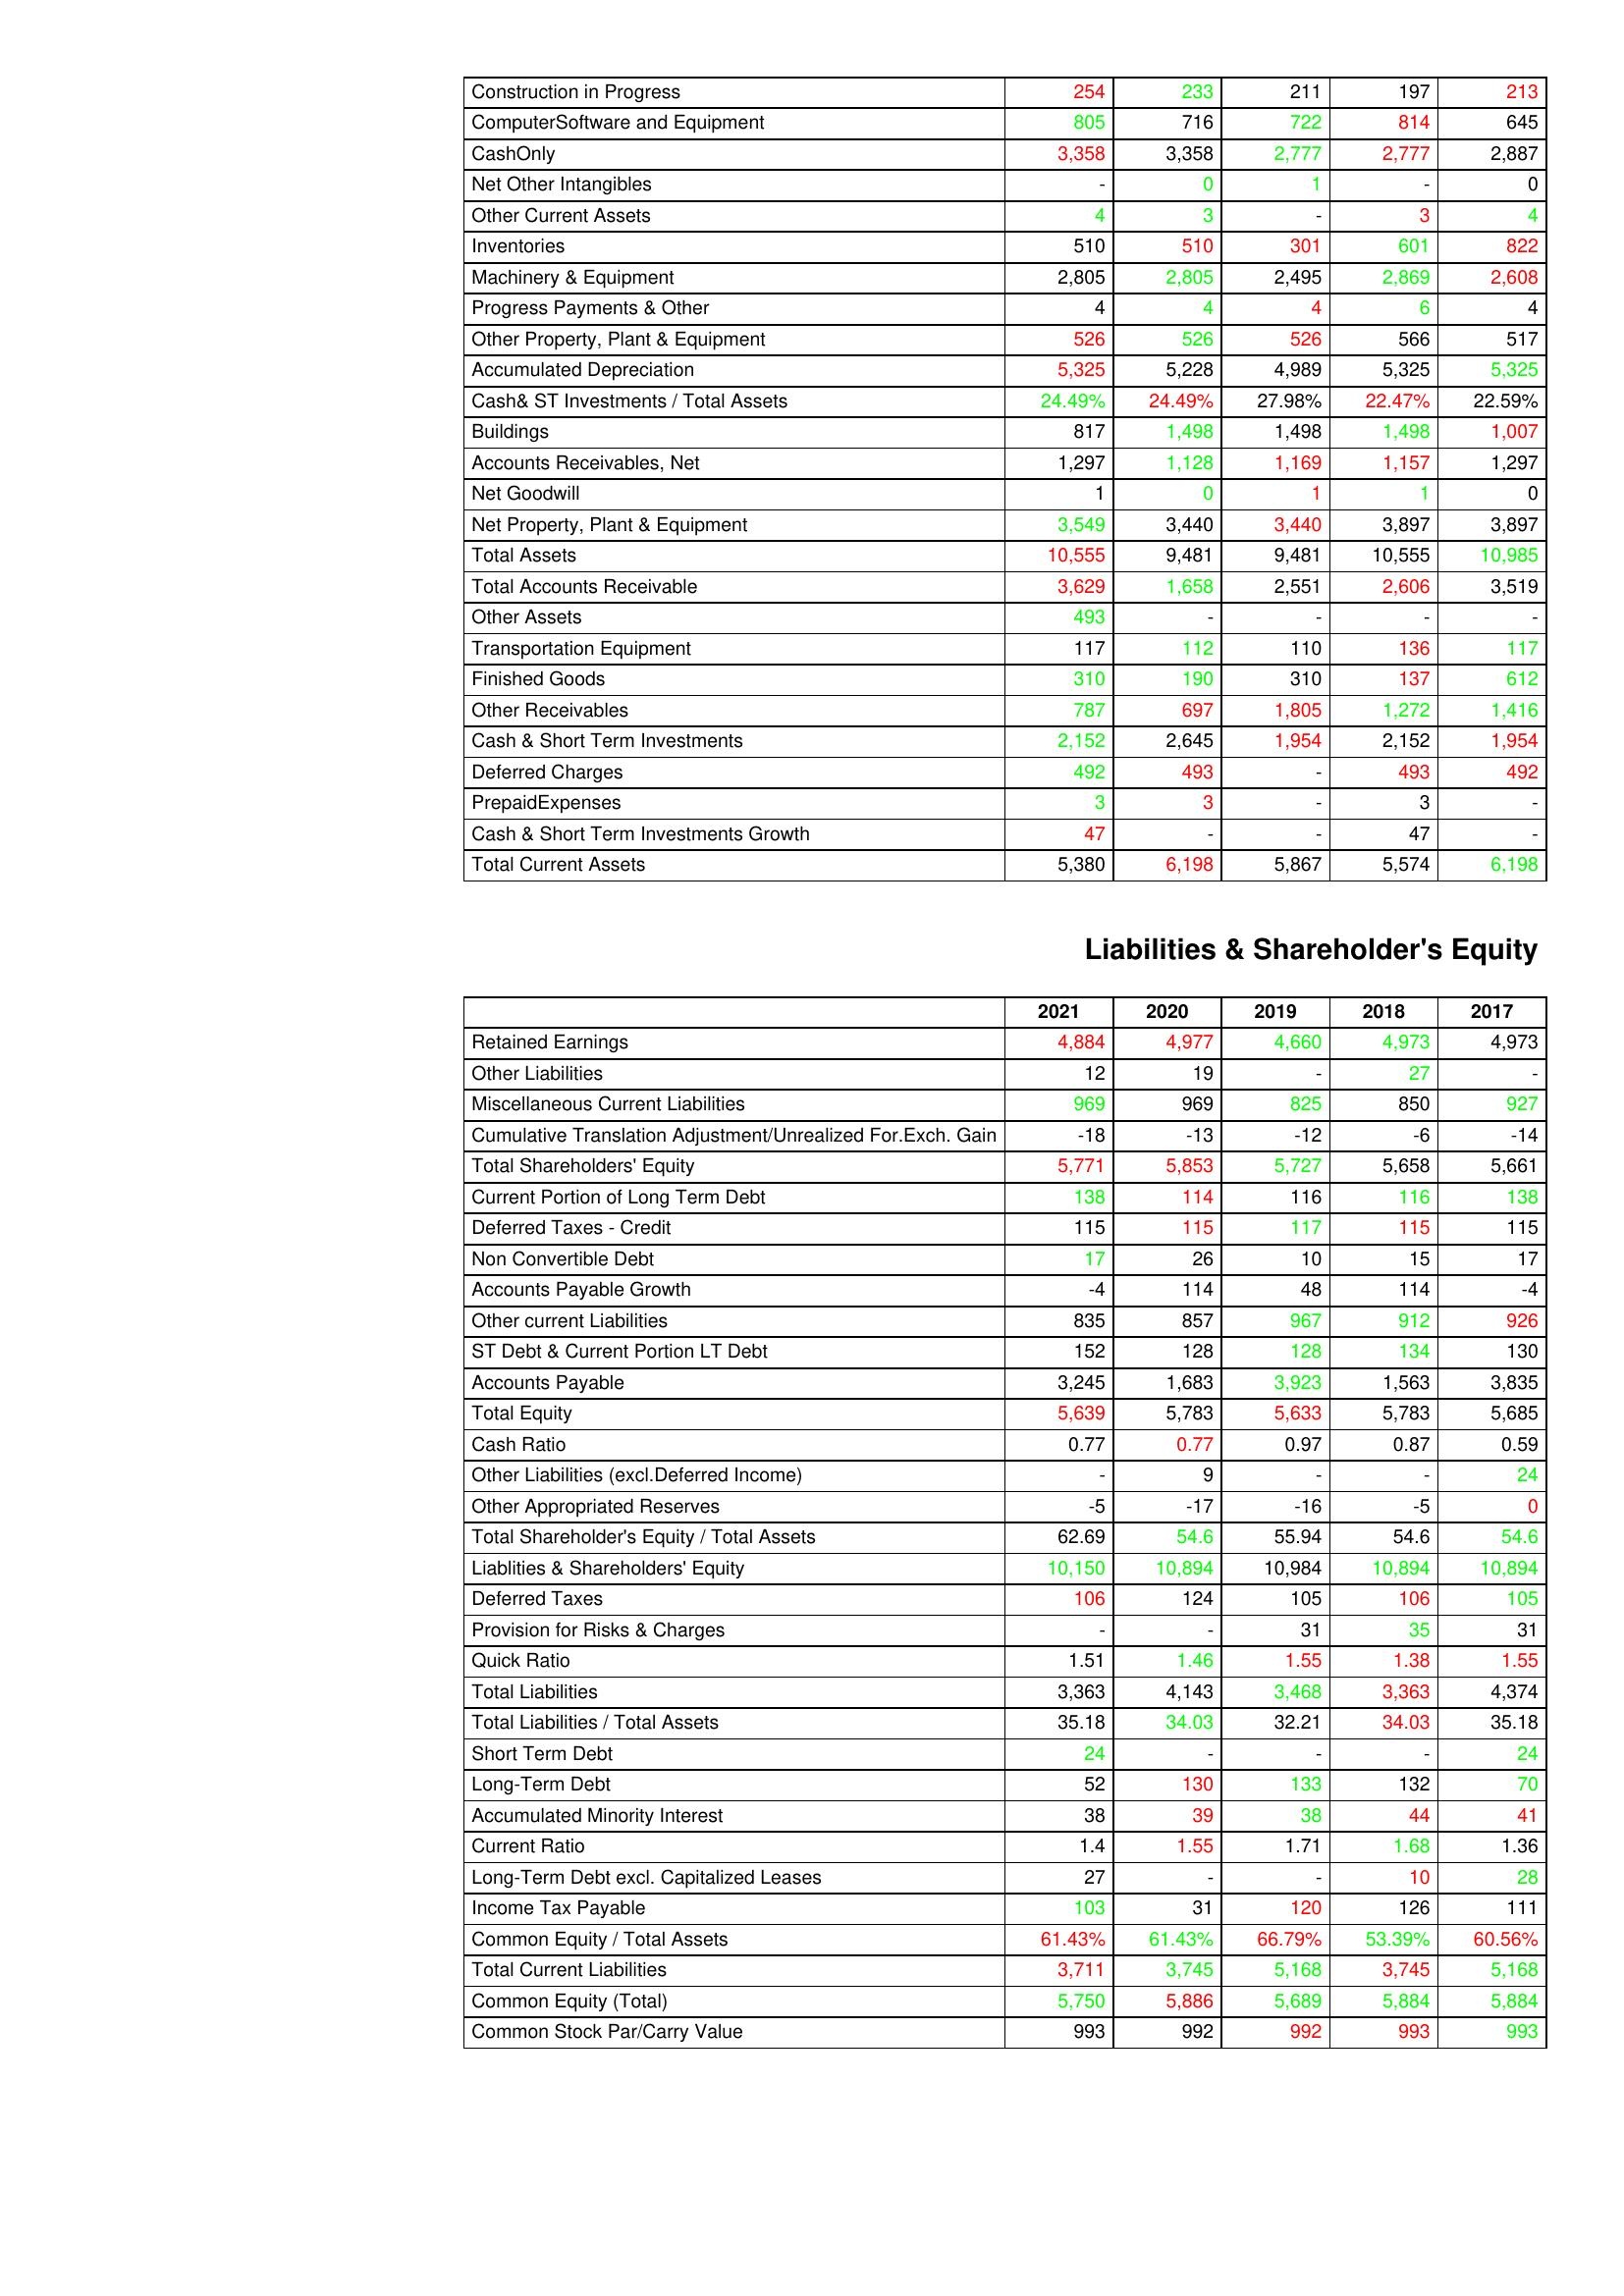
gt_parse: 2021: Assets: Construction in Progress: 254
ComputerSoftware and Equipment: 805
CashOnly: 3,358
Net Other Intangibles: -
Other Current Assets: 4
Inventories: 510
Machinery & Equipment: 2,805
Progress Payments & Other: 4
Other Property, Plant & Equipment: 526
Accumulated Depreciation: 5,325
Cash& ST Investments / Total Assets: 24.49%
Buildings: 817
Accounts Receivables, Net: 1,297
Net Goodwill: 1
Net Property, Plant & Equipment: 3,549
Total Assets: 10,555
Total Accounts Receivable: 3,629
Other Assets: 493
Transportation Equipment: 117
Finished Goods: 310
Other Receivables: 787
Cash & Short Term Investments: 2,152
Deferred Charges: 492
PrepaidExpenses: 3
Cash & Short Term Investments Growth: 47
Total Current Assets: 5,380
Liabilities & Shareholder's Equity: Retained Earnings: 4,884
Other Liabilities: 12
Miscellaneous Current Liabilities: 969
Cumulative Translation Adjustment/Unrealized For.Exch. Gain: -18
Total Shareholders' Equity: 5,771
Current Portion of Long Term Debt: 138
Deferred Taxes - Credit: 115
Non Convertible Debt: 17
Accounts Payable Growth: -4
Other current Liabilities: 835
ST Debt & Current Portion LT Debt: 152
Accounts Payable: 3,245
Total Equity: 5,639
Cash Ratio: 0.77
Other Liabilities (excl.Deferred Income): -
Other Appropriated Reserves: -5
Total Shareholder's Equity / Total Assets: 62.69
Liablities & Shareholders' Equity: 10,150
Deferred Taxes: 106
Provision for Risks & Charges: -
Quick Ratio: 1.51
Total Liabilities: 3,363
Total Liabilities / Total Assets: 35.18
Short Term Debt: 24
Long-Term Debt: 52
Accumulated Minority Interest: 38
Current Ratio: 1.4
Long-Term Debt excl. Capitalized Leases: 27
Income Tax Payable: 103
Common Equity / Total Assets: 61.43%
Total Current Liabilities: 3,711
Common Equity (Total): 5,750
Common Stock Par/Carry Value: 993
2020: Assets: Construction in Progress: 233
ComputerSoftware and Equipment: 716
CashOnly: 3,358
Net Other Intangibles: 0
Other Current Assets: 3
Inventories: 510
Machinery & Equipment: 2,805
Progress Payments & Other: 4
Other Property, Plant & Equipment: 526
Accumulated Depreciation: 5,228
Cash& ST Investments / Total Assets: 24.49%
Buildings: 1,498
Accounts Receivables, Net: 1,128
Net Goodwill: 0
Net Property, Plant & Equipment: 3,440
Total Assets: 9,481
Total Accounts Receivable: 1,658
Other Assets: -
Transportation Equipment: 112
Finished Goods: 190
Other Receivables: 697
Cash & Short Term Investments: 2,645
Deferred Charges: 493
PrepaidExpenses: 3
Cash & Short Term Investments Growth: -
Total Current Assets: 6,198
Liabilities & Shareholder's Equity: Retained Earnings: 4,977
Other Liabilities: 19
Miscellaneous Current Liabilities: 969
Cumulative Translation Adjustment/Unrealized For.Exch. Gain: -13
Total Shareholders' Equity: 5,853
Current Portion of Long Term Debt: 114
Deferred Taxes - Credit: 115
Non Convertible Debt: 26
Accounts Payable Growth: 114
Other current Liabilities: 857
ST Debt & Current Portion LT Debt: 128
Accounts Payable: 1,683
Total Equity: 5,783
Cash Ratio: 0.77
Other Liabilities (excl.Deferred Income): 9
Other Appropriated Reserves: -17
Total Shareholder's Equity / Total Assets: 54.6
Liablities & Shareholders' Equity: 10,894
Deferred Taxes: 124
Provision for Risks & Charges: -
Quick Ratio: 1.46
Total Liabilities: 4,143
Total Liabilities / Total Assets: 34.03
Short Term Debt: -
Long-Term Debt: 130
Accumulated Minority Interest: 39
Current Ratio: 1.55
Long-Term Debt excl. Capitalized Leases: -
Income Tax Payable: 31
Common Equity / Total Assets: 61.43%
Total Current Liabilities: 3,745
Common Equity (Total): 5,886
Common Stock Par/Carry Value: 992
2019: Assets: Construction in Progress: 211
ComputerSoftware and Equipment: 722
CashOnly: 2,777
Net Other Intangibles: 1
Other Current Assets: -
Inventories: 301
Machinery & Equipment: 2,495
Progress Payments & Other: 4
Other Property, Plant & Equipment: 526
Accumulated Depreciation: 4,989
Cash& ST Investments / Total Assets: 27.98%
Buildings: 1,498
Accounts Receivables, Net: 1,169
Net Goodwill: 1
Net Property, Plant & Equipment: 3,440
Total Assets: 9,481
Total Accounts Receivable: 2,551
Other Assets: -
Transportation Equipment: 110
Finished Goods: 310
Other Receivables: 1,805
Cash & Short Term Investments: 1,954
Deferred Charges: -
PrepaidExpenses: -
Cash & Short Term Investments Growth: -
Total Current Assets: 5,867
Liabilities & Shareholder's Equity: Retained Earnings: 4,660
Other Liabilities: -
Miscellaneous Current Liabilities: 825
Cumulative Translation Adjustment/Unrealized For.Exch. Gain: -12
Total Shareholders' Equity: 5,727
Current Portion of Long Term Debt: 116
Deferred Taxes - Credit: 117
Non Convertible Debt: 10
Accounts Payable Growth: 48
Other current Liabilities: 967
ST Debt & Current Portion LT Debt: 128
Accounts Payable: 3,923
Total Equity: 5,633
Cash Ratio: 0.97
Other Liabilities (excl.Deferred Income): -
Other Appropriated Reserves: -16
Total Shareholder's Equity / Total Assets: 55.94
Liablities & Shareholders' Equity: 10,984
Deferred Taxes: 105
Provision for Risks & Charges: 31
Quick Ratio: 1.55
Total Liabilities: 3,468
Total Liabilities / Total Assets: 32.21
Short Term Debt: -
Long-Term Debt: 133
Accumulated Minority Interest: 38
Current Ratio: 1.71
Long-Term Debt excl. Capitalized Leases: -
Income Tax Payable: 120
Common Equity / Total Assets: 66.79%
Total Current Liabilities: 5,168
Common Equity (Total): 5,689
Common Stock Par/Carry Value: 992
2018: Assets: Construction in Progress: 197
ComputerSoftware and Equipment: 814
CashOnly: 2,777
Net Other Intangibles: -
Other Current Assets: 3
Inventories: 601
Machinery & Equipment: 2,869
Progress Payments & Other: 6
Other Property, Plant & Equipment: 566
Accumulated Depreciation: 5,325
Cash& ST Investments / Total Assets: 22.47%
Buildings: 1,498
Accounts Receivables, Net: 1,157
Net Goodwill: 1
Net Property, Plant & Equipment: 3,897
Total Assets: 10,555
Total Accounts Receivable: 2,606
Other Assets: -
Transportation Equipment: 136
Finished Goods: 137
Other Receivables: 1,272
Cash & Short Term Investments: 2,152
Deferred Charges: 493
PrepaidExpenses: 3
Cash & Short Term Investments Growth: 47
Total Current Assets: 5,574
Liabilities & Shareholder's Equity: Retained Earnings: 4,973
Other Liabilities: 27
Miscellaneous Current Liabilities: 850
Cumulative Translation Adjustment/Unrealized For.Exch. Gain: -6
Total Shareholders' Equity: 5,658
Current Portion of Long Term Debt: 116
Deferred Taxes - Credit: 115
Non Convertible Debt: 15
Accounts Payable Growth: 114
Other current Liabilities: 912
ST Debt & Current Portion LT Debt: 134
Accounts Payable: 1,563
Total Equity: 5,783
Cash Ratio: 0.87
Other Liabilities (excl.Deferred Income): -
Other Appropriated Reserves: -5
Total Shareholder's Equity / Total Assets: 54.6
Liablities & Shareholders' Equity: 10,894
Deferred Taxes: 106
Provision for Risks & Charges: 35
Quick Ratio: 1.38
Total Liabilities: 3,363
Total Liabilities / Total Assets: 34.03
Short Term Debt: -
Long-Term Debt: 132
Accumulated Minority Interest: 44
Current Ratio: 1.68
Long-Term Debt excl. Capitalized Leases: 10
Income Tax Payable: 126
Common Equity / Total Assets: 53.39%
Total Current Liabilities: 3,745
Common Equity (Total): 5,884
Common Stock Par/Carry Value: 993
2017: Assets: Construction in Progress: 213
ComputerSoftware and Equipment: 645
CashOnly: 2,887
Net Other Intangibles: 0
Other Current Assets: 4
Inventories: 822
Machinery & Equipment: 2,608
Progress Payments & Other: 4
Other Property, Plant & Equipment: 517
Accumulated Depreciation: 5,325
Cash& ST Investments / Total Assets: 22.59%
Buildings: 1,007
Accounts Receivables, Net: 1,297
Net Goodwill: 0
Net Property, Plant & Equipment: 3,897
Total Assets: 10,985
Total Accounts Receivable: 3,519
Other Assets: -
Transportation Equipment: 117
Finished Goods: 612
Other Receivables: 1,416
Cash & Short Term Investments: 1,954
Deferred Charges: 492
PrepaidExpenses: -
Cash & Short Term Investments Growth: -
Total Current Assets: 6,198
Liabilities & Shareholder's Equity: Retained Earnings: 4,973
Other Liabilities: -
Miscellaneous Current Liabilities: 927
Cumulative Translation Adjustment/Unrealized For.Exch. Gain: -14
Total Shareholders' Equity: 5,661
Current Portion of Long Term Debt: 138
Deferred Taxes - Credit: 115
Non Convertible Debt: 17
Accounts Payable Growth: -4
Other current Liabilities: 926
ST Debt & Current Portion LT Debt: 130
Accounts Payable: 3,835
Total Equity: 5,685
Cash Ratio: 0.59
Other Liabilities (excl.Deferred Income): 24
Other Appropriated Reserves: 0
Total Shareholder's Equity / Total Assets: 54.6
Liablities & Shareholders' Equity: 10,894
Deferred Taxes: 105
Provision for Risks & Charges: 31
Quick Ratio: 1.55
Total Liabilities: 4,374
Total Liabilities / Total Assets: 35.18
Short Term Debt: 24
Long-Term Debt: 70
Accumulated Minority Interest: 41
Current Ratio: 1.36
Long-Term Debt excl. Capitalized Leases: 28
Income Tax Payable: 111
Common Equity / Total Assets: 60.56%
Total Current Liabilities: 5,168
Common Equity (Total): 5,884
Common Stock Par/Carry Value: 993